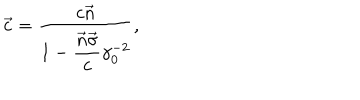
\vec { c } = \frac { c \vec { n } } { 1 - \displaystyle \frac { \vec { n } \vec { \sigma } } { c } \gamma _ { 0 } ^ { - 2 } } ,